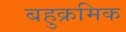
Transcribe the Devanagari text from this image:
बहुक्रमिक